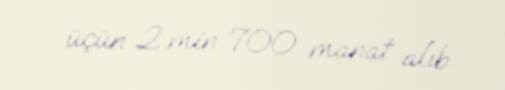
üçün 2 min 700 manat alıb.